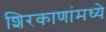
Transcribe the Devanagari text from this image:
शिरकाणांमध्ये